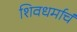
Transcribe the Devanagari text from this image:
शिवधर्माचं